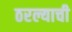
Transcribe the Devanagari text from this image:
ठरल्याची